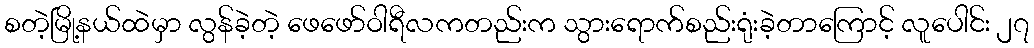
စတဲ့မြို့နယ်ထဲမှာ လွန်ခဲ့တဲ့ ဖေဖော်ဝါရီလကတည်းက သွားရောက်စည်းရုံးခဲ့တာကြောင့် လူပေါင်း ၂၇